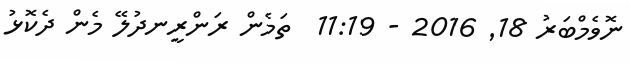
ނޮވެމްބަރު 18